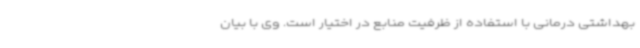
بهداشتی درمانی با استفاده از ظرفیت منابع در اختیار است. وی با بیان